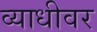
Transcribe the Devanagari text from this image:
व्याधीवर